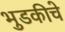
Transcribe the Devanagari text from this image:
भुडकीचे